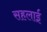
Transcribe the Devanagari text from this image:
सहलाई